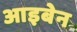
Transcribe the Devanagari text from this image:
आइबेन